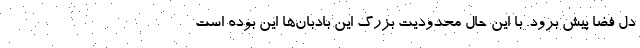
دل فضا پیش برود. با این حال محدودیت بزرگ این بادبان‌ها این بوده است